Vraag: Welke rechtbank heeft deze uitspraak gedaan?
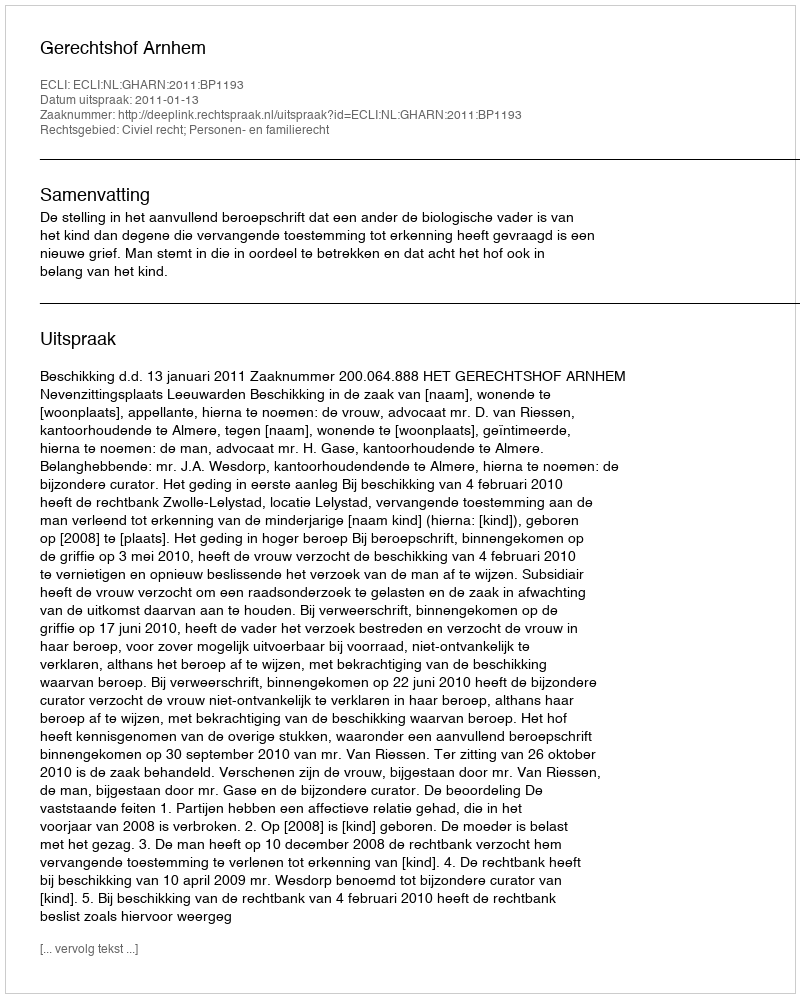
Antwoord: Gerechtshof Arnhem